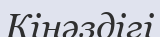
Кінәздігі